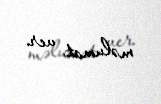
məlumat ver.